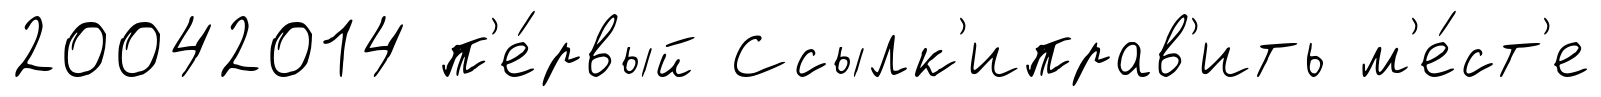
20042014 п'е́рвый Ссылк'иправ'ить м'е́ст'е